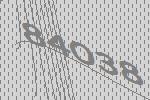
84038